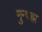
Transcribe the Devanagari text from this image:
मुन्थ्झ